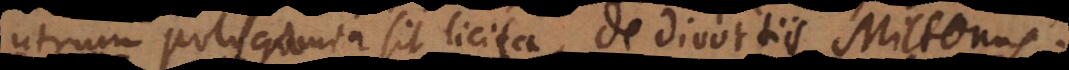
utrum polygamia sit licita, de divortiis Miltonus.